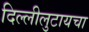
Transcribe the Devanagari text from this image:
दिल्लीलुटायचा